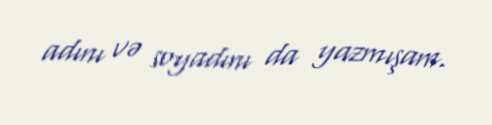
adını və soyadını da yazmışam.